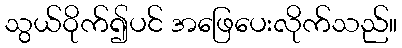
သွယ်ဝိုက်၍ပင် အဖြေပေးလိုက်သည်။